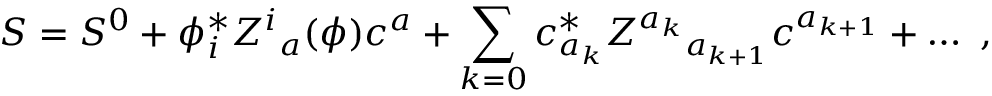
S = S ^ { 0 } + \phi _ { i } ^ { * } Z ^ { i } { } _ { a } ( \phi ) c ^ { a } + \sum _ { k = 0 } c _ { a _ { k } } ^ { * } Z ^ { a _ { k } } { } _ { a _ { k + 1 } } c ^ { a _ { k + 1 } } + \ldots \ ,